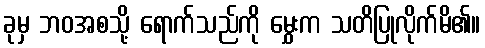
ခုမှ ဘဝအစသို့ ရောက်သည်ကို မွှေးက သတိပြုလိုက်မိ၏။